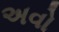
અવો